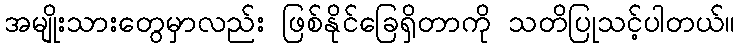
အမျိုးသားတွေမှာလည်း ဖြစ်နိုင်ခြေရှိတာကို သတိပြုသင့်ပါတယ်။